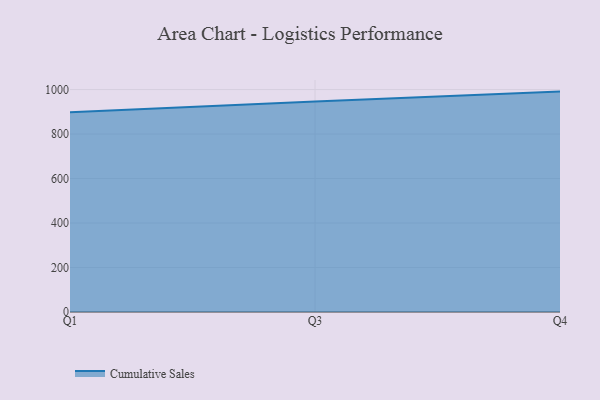
{"axis": {"x": "Quarter", "y": "Energy Usage (MWh)"}, "legend": ["Cumulative Sales"], "data": [{"x": "Q1", "y": 897.9, "type": "Cumulative Sales"}, {"x": "Q3", "y": 946.6, "type": "Cumulative Sales"}, {"x": "Q4", "y": 990.8, "type": "Cumulative Sales"}]}